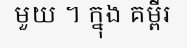
មួយ ។ ក្នុង គម្ពីរ